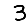
Digit: 3